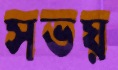
সভয়